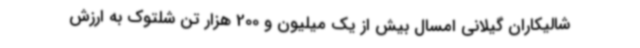
شالیکاران گیلانی امسال بیش از یک میلیون و 200 هزار تن شلتوک به ارزش